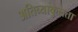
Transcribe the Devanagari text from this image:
अतिव्याकुलता